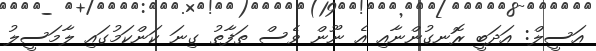
އަސީލް: އަދަބީ ރޮނގުންނާއި އެ ނޫން ވެސް ތަފާތު ގިނަ ކަންކަމުގައި ލާމަސީލު